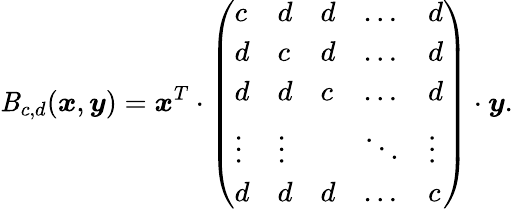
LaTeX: \mathit{B}_{c,d}(\boldsymbol{x},\boldsymbol{y})=\boldsymbol{x}^{T}\cdot\left(\begin{array}{lllll}{c}&{d}&{d}&{\dots}&{d}\\ {d}&{c}&{d}&{\dots}&{d}\\ {d}&{d}&{c}&{\dots}&{d}\\ {\vdots}&{\vdots}&&{\ddots}&{\vdots}\\ {d}&{d}&{d}&{\dots}&{c}\end{array}\right)\cdot\boldsymbol{y}.